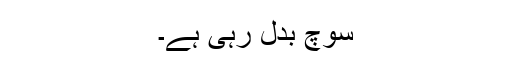
سوچ بدل رہی ہے۔